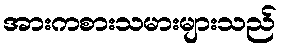
အားကစားသမားများသည်